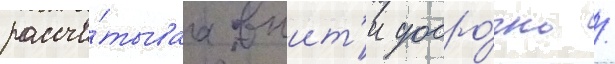
рассчи́тываа выит'и досро́чно /